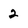
Character: 2